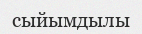
сыйымдылы